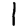
Digit: 1